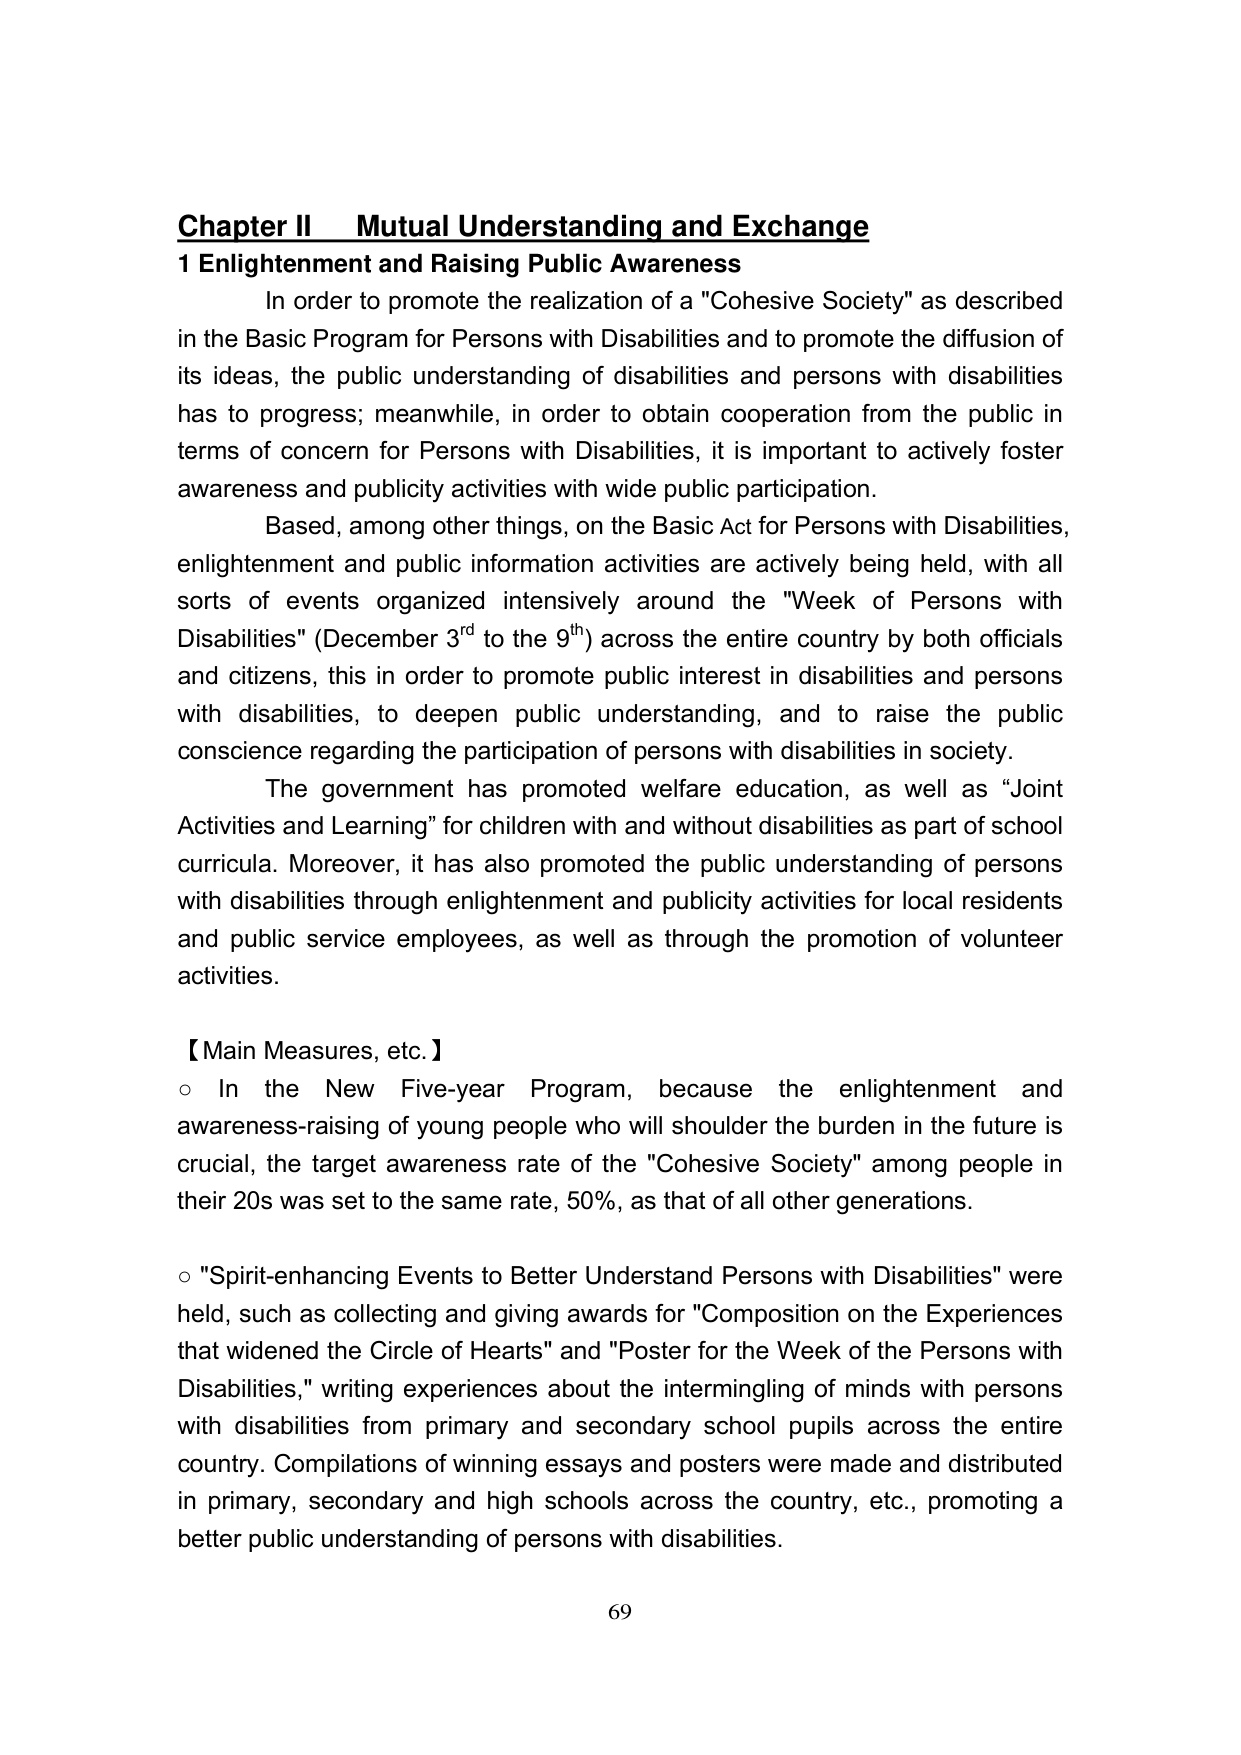
Chapter II Mutual Understanding and Exchange
1 Enlightenment and Raising Public Awareness
In order to promote the realization of a "Cohesive Society" as described in the Basic Program for Persons with Disabilities and to promote the diffusion of its ideas, the public understanding of disabilities and persons with disabilities has to progress; meanwhile, in order to obtain cooperation from the public in terms of concern for Persons with Disabilities, it is important to actively foster awareness and publicity activities with wide public participation.
Based, among other things, on the Basic Act for Persons with Disabilities, enlightenment and public information activities are actively being held, with all sorts of events organized intensively around the "Week of Persons with Disabilities" (December 3rd to the 9th) across the entire country by both officials and citizens, this in order to promote public interest in disabilities and persons with disabilities, to deepen public understanding, and to raise the public conscience regarding the participation of persons with disabilities in society.
The government has promoted welfare education, as well as “Joint Activities and Learning” for children with and without disabilities as part of school curricula. Moreover, it has also promoted the public understanding of persons with disabilities through enlightenment and publicity activities for local residents and public service employees, as well as through the promotion of volunteer activities.
【Main Measures, etc.】
○ In the New Five-year Program, because the enlightenment and awareness-raising of young people who will shoulder the burden in the future is crucial, the target awareness rate of the "Cohesive Society" among people in their 20s was set to the same rate, 50%, as that of all other generations.
○ "Spirit-enhancing Events to Better Understand Persons with Disabilities" were held, such as collecting and giving awards for "Composition on the Experiences that widened the Circle of Hearts" and "Poster for the Week of the Persons with Disabilities," writing experiences about the intermingling of minds with persons with disabilities from primary and secondary school pupils across the entire country. Compilations of winning essays and posters were made and distributed in primary, secondary and high schools across the country, etc., promoting a better public understanding of persons with disabilities.
69